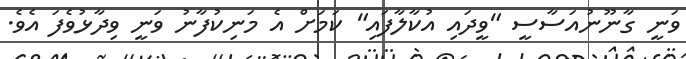
ވަނީ ގާނޫނުއަސާސީ "ވީދައި އުކާލާފައި" ކަމަށް އެ މަނިކުފާނު ވަނީ ވިދާޅުވެފަ އެވެ.